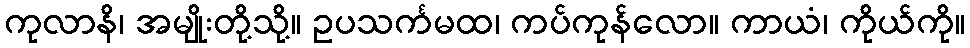
ကုလာနိ၊ အမျိုးတို့သို့။ ဥပသင်္ကမထ၊ ကပ်ကုန်လော။ ကာယံ၊ ကိုယ်ကို။